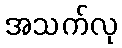
အသက်လု